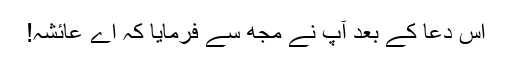
اس دعا کے بعد آپؐ نے مجھ سے فرمایا کہ اے عائشہ!